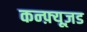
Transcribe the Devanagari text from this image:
कन्फ़्यूज़ड